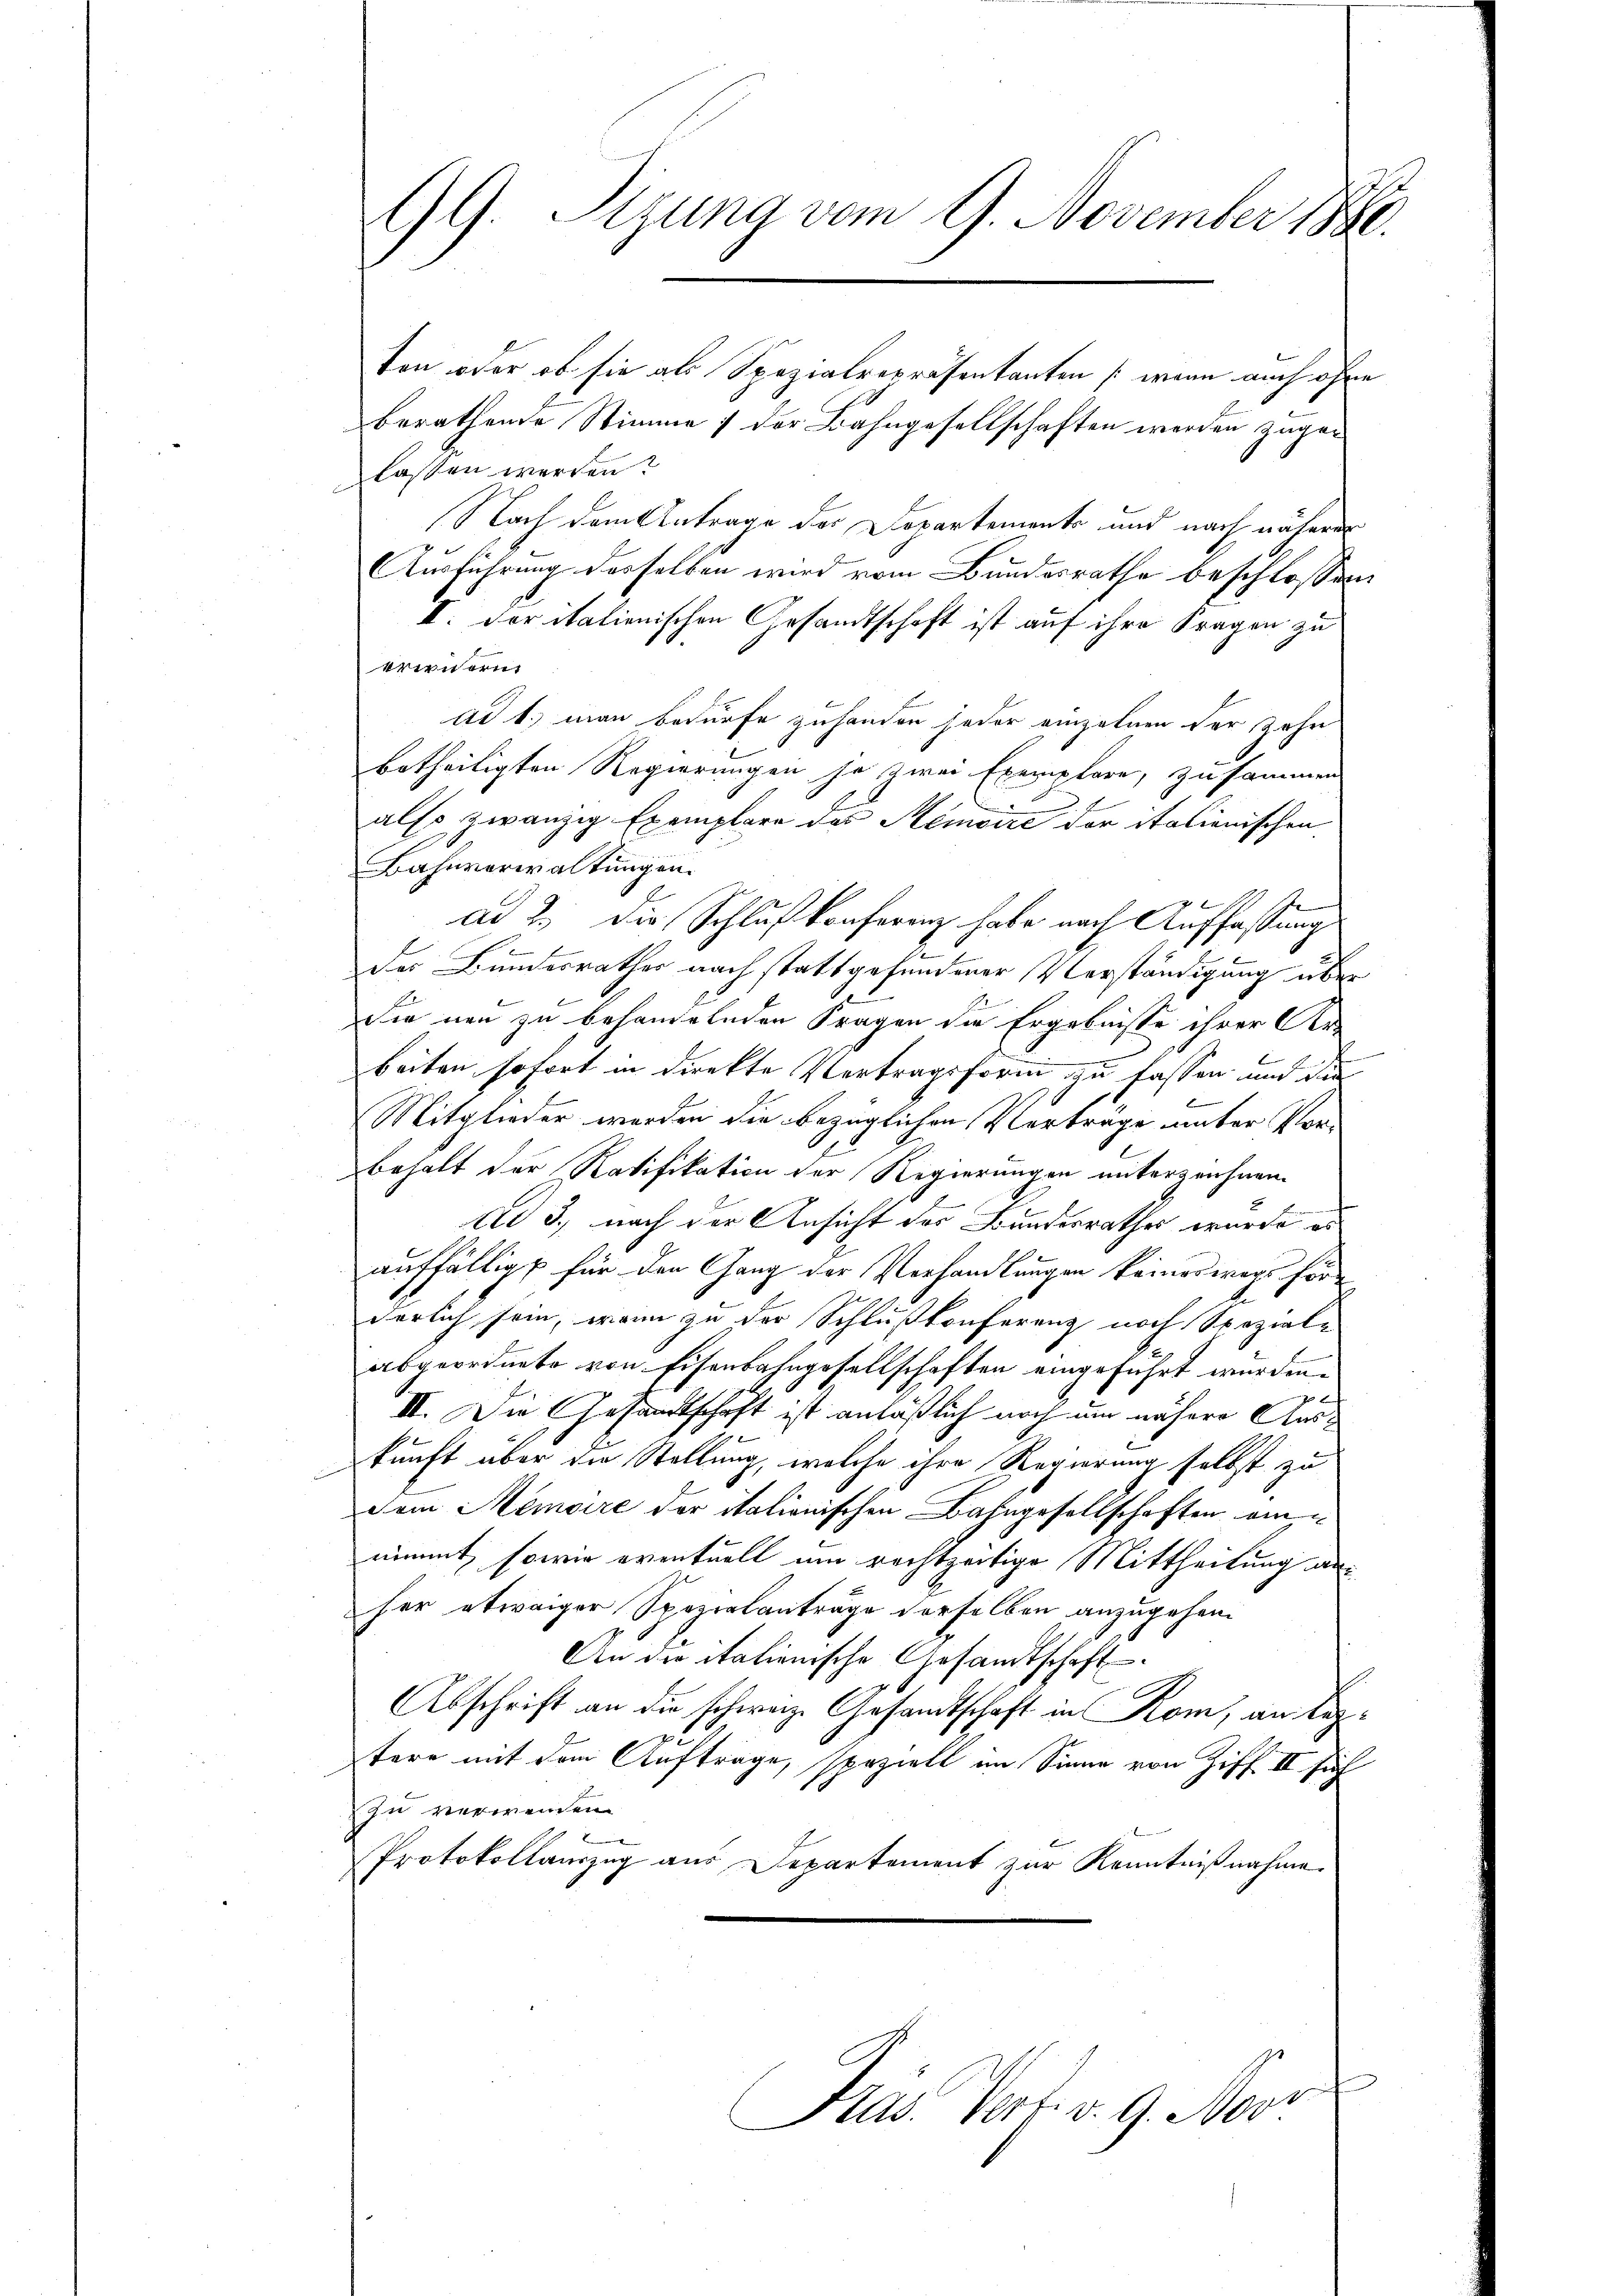
d

19. Sizung vom 9. November 1880.

ton oder ob sie als Spezialrepräsentanten (wenn auch ohne
berathende Stimme 1 der Bahngesellschaften werden zugelassen werden?
Nach dem Antrage der Departements und nach näherer
Ausführung desselben wird vom Bundesrathe beschlossen:
II. Der italienischen Gesandtschaft ist auf ihre Fragen zu
wirnern
ad 1. man bedürfe zuhanden jeder einzelnen der Zehn
betheiligten Regierungen ja zwei Exemplare, zusammen
6
also zwanzig Exemplare des Memoire der italienischen
Bahnverwaltungen.
E
ad 2. Die Schlußkonferenz habe nach Auffassung
des Bundesrathes nach stattgefundener Verständigung über
Sie neu zu behandelnden Fragen die Ergebnisse ihrer Ar
beiten sofort in direkte Vertragsform zu fassen, und die
Mitglieder werden die bezüglichen Vertrage unter Vorbehalt der Ratifikation der Regierungen unterzeichnen.
Ad 3., nach der Ansicht des Bundesrathes wurde es
auffälligt für den Gang der Verhandlungen keineswegs fürderlich sein, wenn zu der Schlußkonferenz noch Speziale
abgeordnete von Eisenbahngesellschaften eingeführt wurden.
II. Die Gesandtschaft ist anläßlich noch um nähere Auskunft über die Stellung, welche ihre Regierung selbst zu
dem Memoire der italionischen Bahngesellschaften ain u
nimmt, sowie eventuell um rechtzeitige Mittheilung anher etwaiger Spezialanträge derselben anzugehen
An die italienische Gesandtschaft
Abschrift an die schwarze Gesandtschaft in Rom, an leztere mit dem Aufträge, speziell im Sinne von Ziff. II sich
Zu verwenden
Protokollauszug aus Departement zur Kenntnißnahme.
a
Pras. Verf. v. 9. Nov.